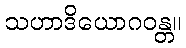
သဟာဒိယောဂဝန္တ။